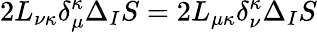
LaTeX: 2L_{\nu\kappa}\delta_{\mu}^{\kappa}\Delta_{I}S=2L_{\mu\kappa}\delta_{\nu}^{\kappa}\Delta_{I}S